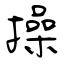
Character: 操